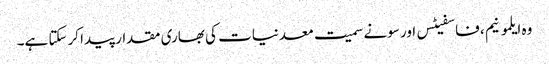
وہ ایلمونیم ، فاسفیٹس اور سونے سمیت معدنیات کی بھاری مقدار پیدا کرسکتا ہے۔